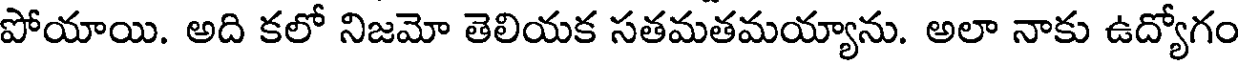
పోయాయి. అది కలో నిజమో తెలియక సతమతమయ్యాను. అలా నాకు ఉద్యోగం